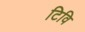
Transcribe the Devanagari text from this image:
टिवि